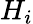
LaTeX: H_{i}